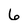
Character: 6